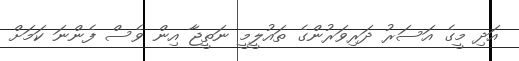
އަދި މީގެ އަސަރު ދަރިވަރުންގެ ތައުލީމީ ނަތީޖާ އިން ވެސް ފެންނަ ކަމަށް